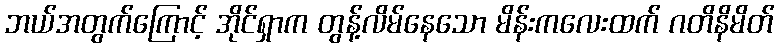
ဘယ်အတွက်ကြောင့် အိုင်ရှာက တွန့်လိမ်နေသော မိန်းကလေးထက် ဂတိနိမိတ်